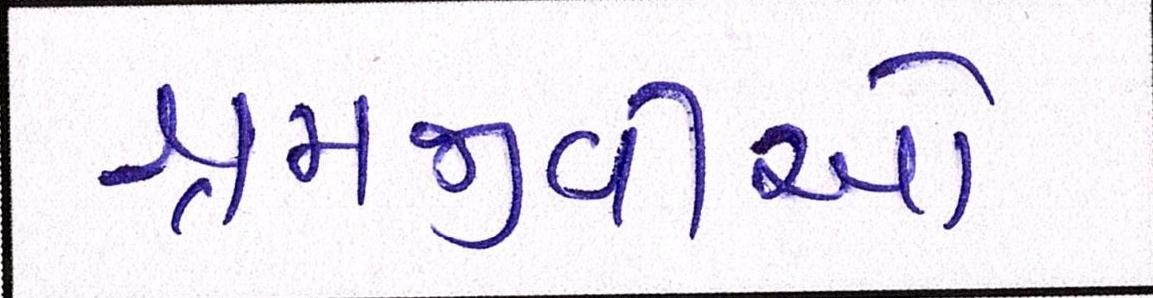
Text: શ્રમજીવીઓ